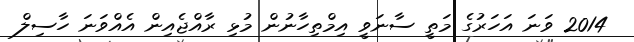
2014 ވަނަ އަހަރުގެ މަތީ ސާނަވީ އިމްތިހާނުން މުޅި ރާއްޖެއިން އެއްވަނަ ހާސިލް